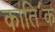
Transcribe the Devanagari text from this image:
काति॔क